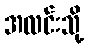
အလင်းသို့